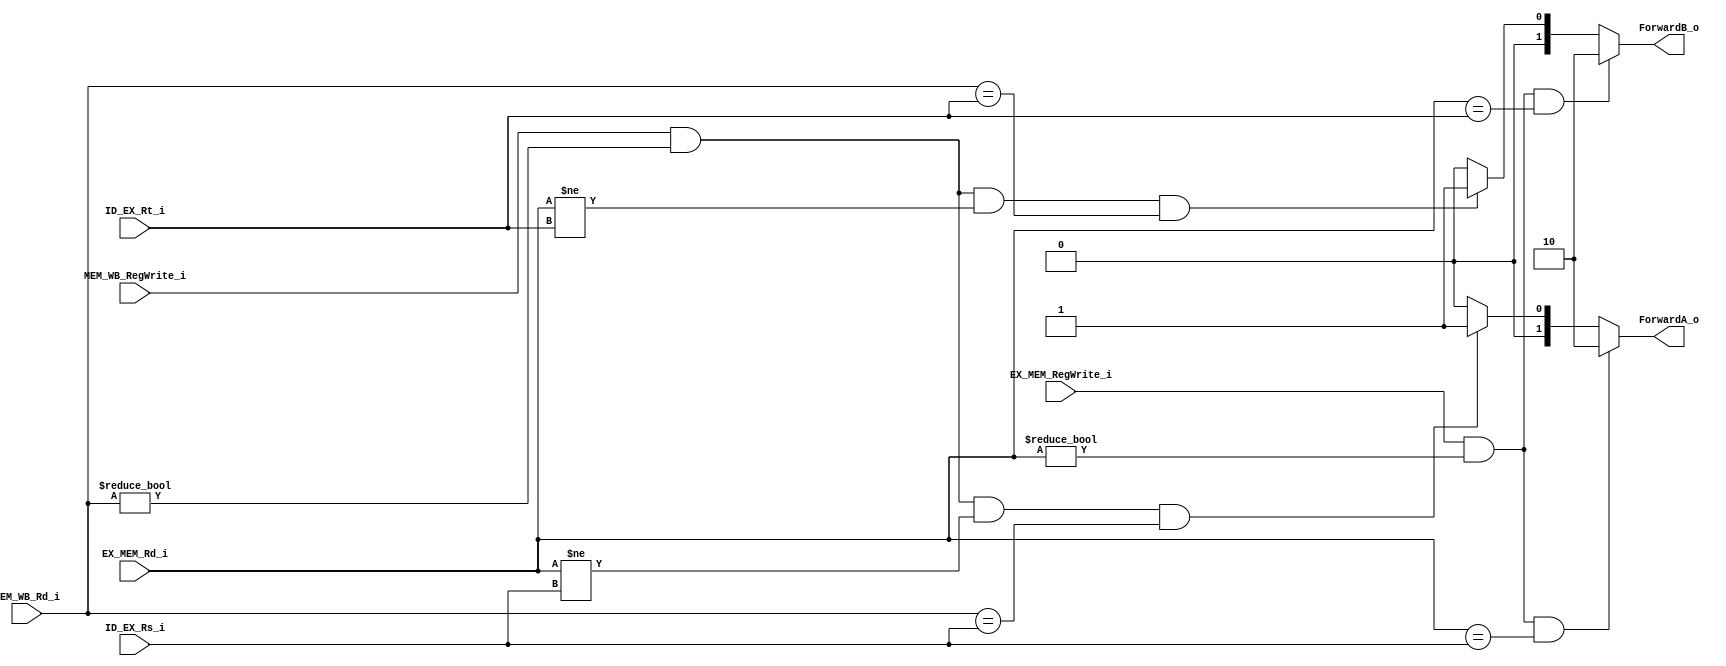
module Forwarding (
  ID_EX_Rs_i,
  ID_EX_Rt_i,
  EX_MEM_Rd_i,
  EX_MEM_RegWrite_i,
  MEM_WB_Rd_i,
  MEM_WB_RegWrite_i,
  ForwardA_o,
  ForwardB_o
);
  input   [4:0]   ID_EX_Rs_i;
  input   [4:0]   ID_EX_Rt_i;
  input   [4:0]   EX_MEM_Rd_i;
  input           EX_MEM_RegWrite_i;
  input   [4:0]   MEM_WB_Rd_i;
  input           MEM_WB_RegWrite_i;
  output  [1:0]   ForwardA_o;
  output  [1:0]   ForwardB_o;

  wire EX_Hazard, MEM_Hazard;

// the conditions are got from slides.
assign EX_Hazard  = EX_MEM_RegWrite_i & (EX_MEM_Rd_i != 0);
assign MEM_Hazard = MEM_WB_RegWrite_i & (MEM_WB_Rd_i != 0);

assign ForwardA_o = (EX_Hazard &
                     (EX_MEM_Rd_i == ID_EX_Rs_i)) ? 2'b10 :
                    (MEM_Hazard &
                     (EX_MEM_Rd_i != ID_EX_Rs_i) &
                     (MEM_WB_Rd_i == ID_EX_Rs_i)  ) ? 2'b01 : 2'b00;

assign ForwardB_o = (EX_Hazard &
                     (EX_MEM_Rd_i == ID_EX_Rt_i)) ? 2'b10 :
                    (MEM_Hazard &
                     (EX_MEM_Rd_i != ID_EX_Rt_i) &
                     (MEM_WB_Rd_i == ID_EX_Rt_i)  ) ? 2'b01 : 2'b00;

endmodule